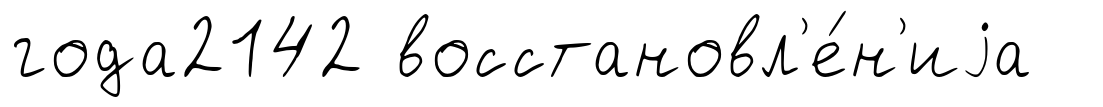
года2142 восстановл'е́н'иjа